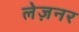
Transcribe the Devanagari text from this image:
लेज़नर